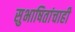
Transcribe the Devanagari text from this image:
सुभाषितांचाही